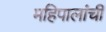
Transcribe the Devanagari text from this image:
महिपालांची